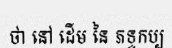
ថា នៅ ដើម នៃ ភទ្ទកប្ប